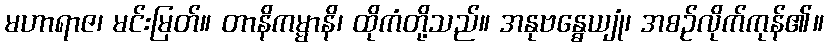
မဟာရာဇ၊ မင်းမြတ်။ တာနိကမ္မာနိ၊ ထိုကံတို့သည်။ အနုဗန္ဓေယျုံ၊ အစဉ်လိုက်ကုန်၏။